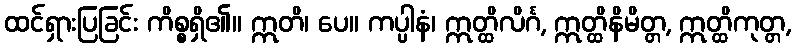
ထင်ရှားပြခြင်း ကိစ္စရှိ၏။ ဣတိ၊ ပေ။ ကပ္ပါနံ၊ ဣတ္ထိလိင်္ဂ, ဣတ္ထိနိမိတ္တ, ဣတ္ထိကုတ္တ,